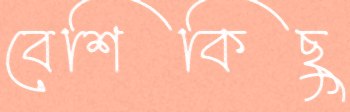
বেশিকিছু